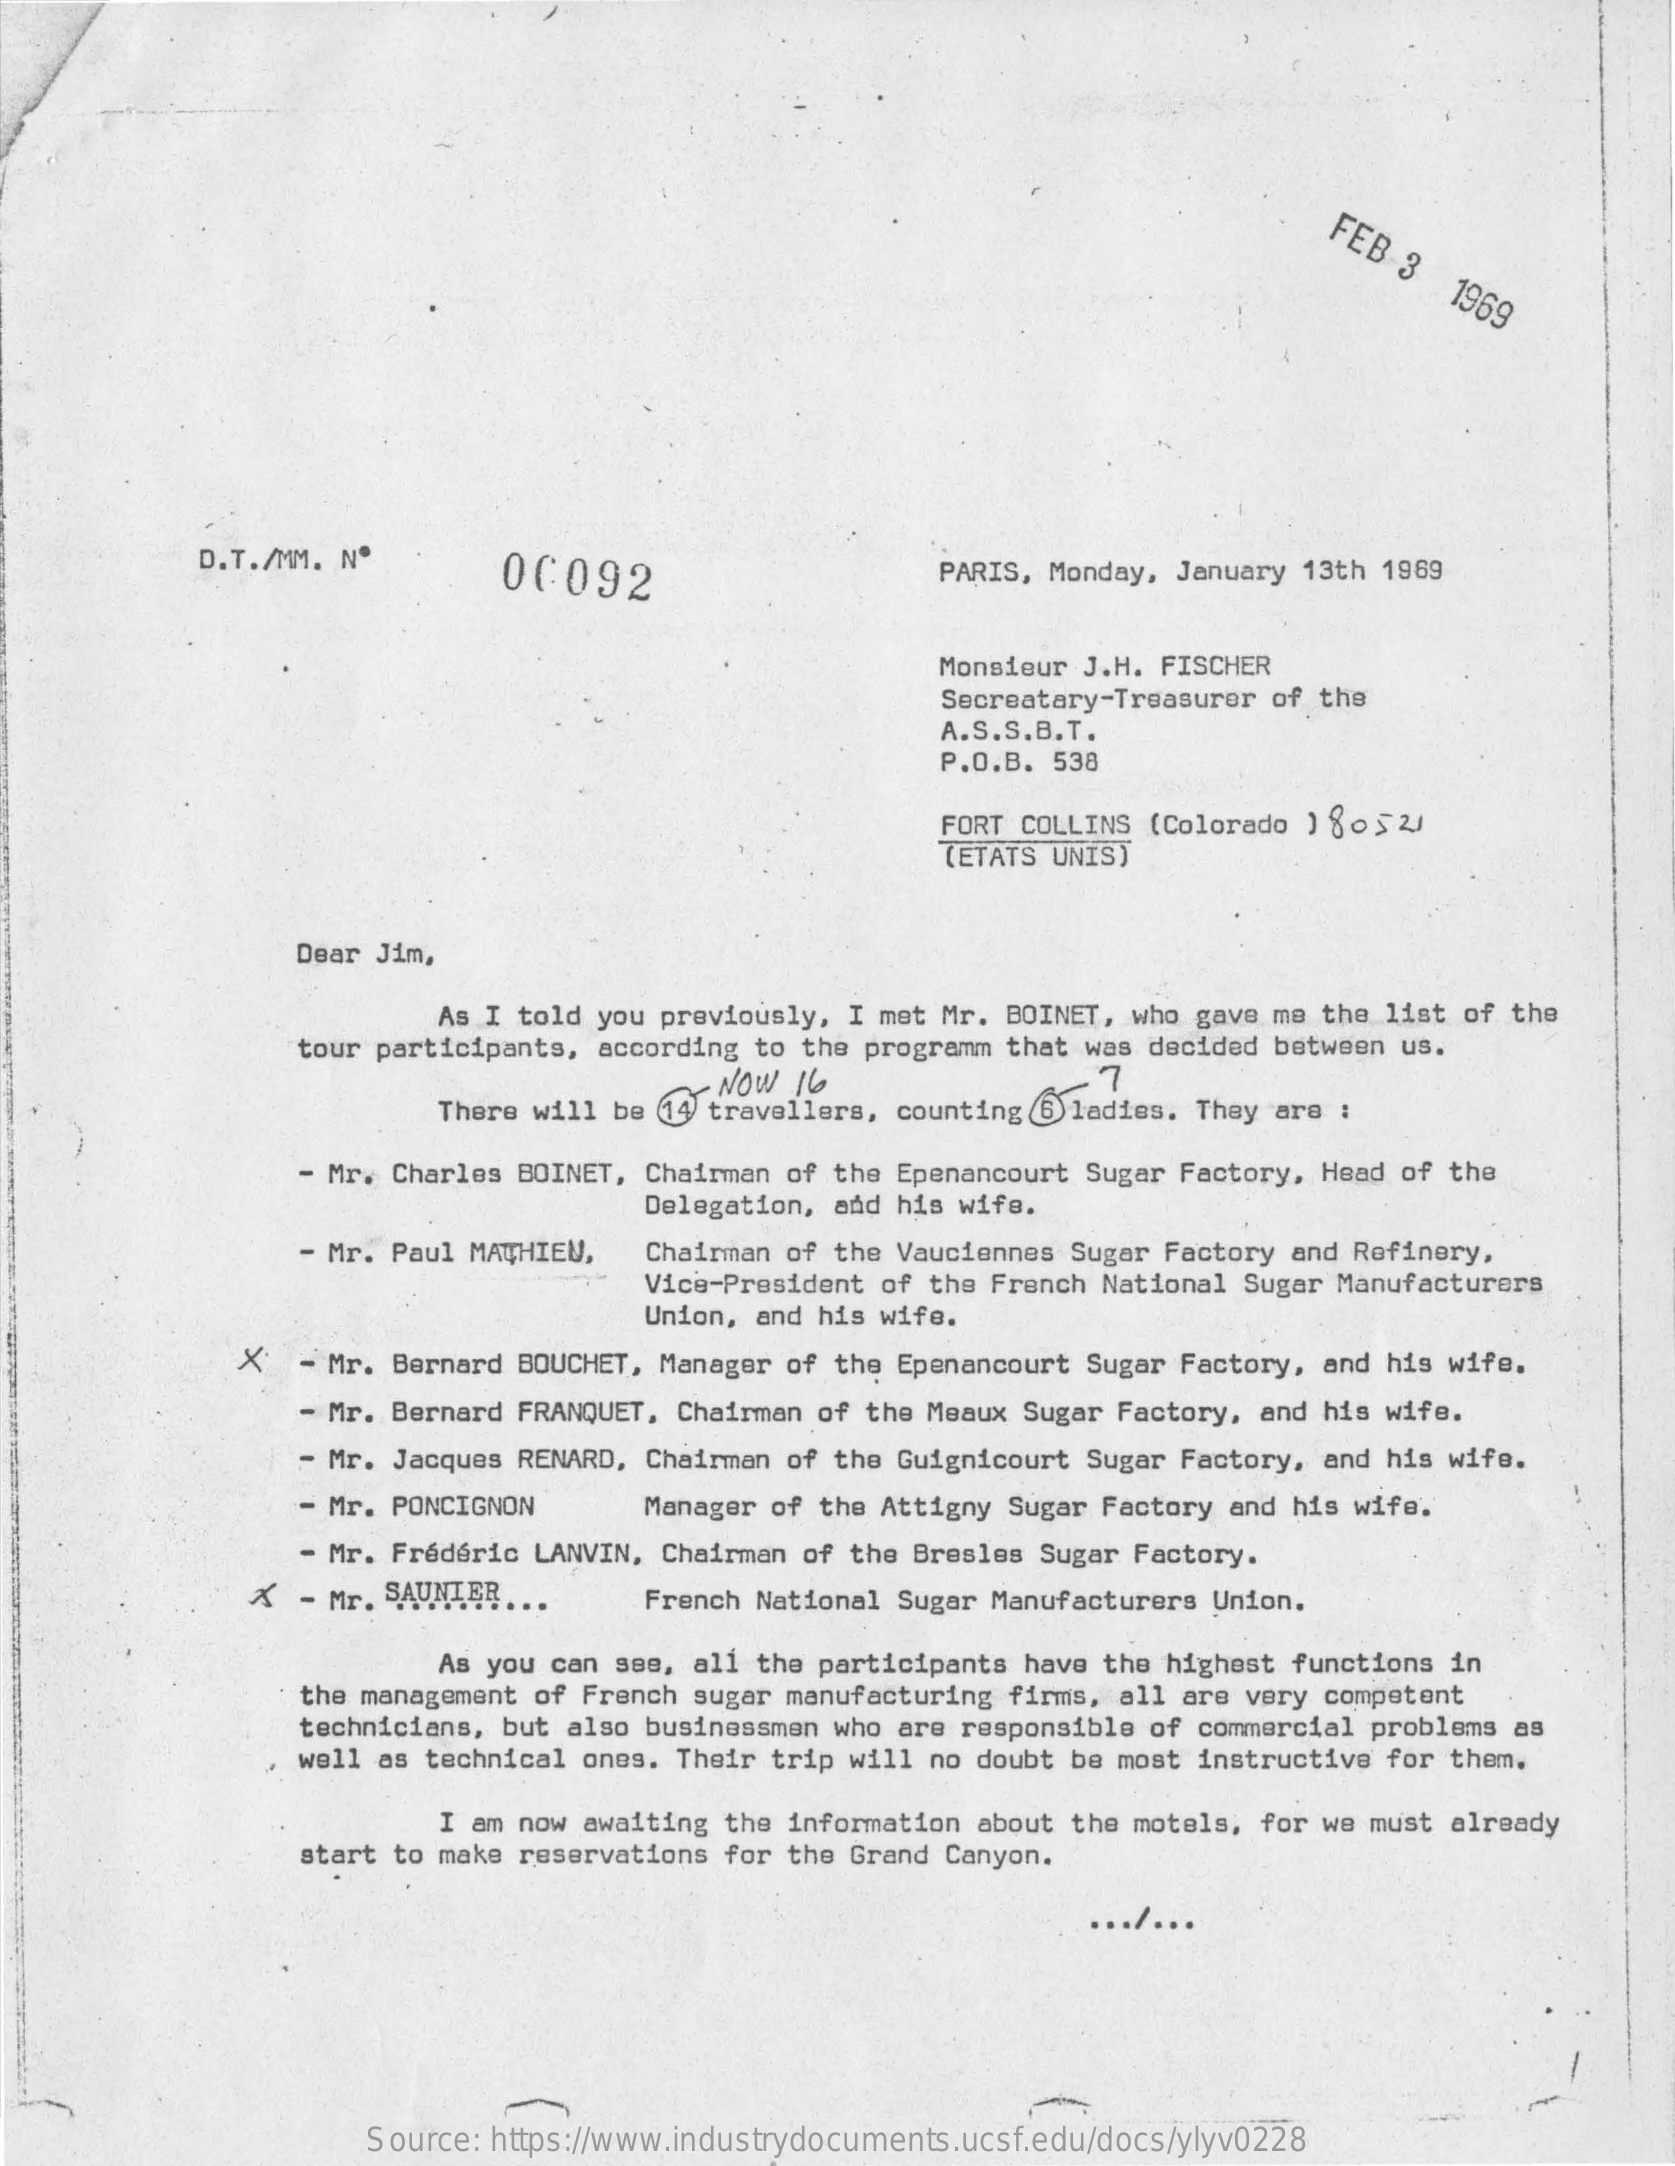
FEB
     3
     1969
     D.T./MM. Nº
     00092    PARIS, Monday, January 13th 1969
     Monsieur J.H. FISCHER
     Secreatary-Treasurer of the
     A.S.S.B.T.
     P.O.B. 538
     FORT COLLINS (Colorado ) 80 52)
     (ETATS UNIS)
     Dear Jim,
     As I told you previously, I met Mr. BOINET, who gave me the list of the
     tour participants, according to the programm that was decided between us.
     There will be 14 travellers, counting 6 ladies. They are :
     NOW 16    7
     - Mr. Charles BOINET, Chairman of the Epenancourt Sugar Factory, Head of the
     Delegation, and his wife.
     - Mr. Paul MATHIEU, Chairman of the Vauciennes Sugar Factory and Refinery,
     Vice-President of the French National Sugar Manufacturers
     Union, and his wife.
     X   - Mr. Bernard BOUCHET, Manager of the Epenancourt Sugar Factory, and his wife.
     - Mr. Bernard FRANQUET, Chairman of the Meaux Sugar Factory, and his wife.
     - Mr. Jacques RENARD, Chairman of the Guignicourt Sugar Factory, and his wife.
     - Mr. PONCIGNON    Manager of the Attigny Sugar Factory and his wife.
     - Mr. Frédéric LANVIN, Chairman of the Bresles Sugar Factory.
     X  - Mr. SAUNIER ...  French National Sugar Manufacturers Union.
     As you can see, all the participants have the highest functions in
     the management of French sugar manufacturing firms, all are very competent
     technicians, but also businessmen who are responsible of commercial problems as
     well as technical ones. Their trip will no doubt be most instructive for them.
     I am now awaiting the information about the motels, for we must already
     start to make reservations for the Grand Canyon.
     ... / ...
     Source: https://www.industrydocuments.ucsf.edu/docs/ylyv0228